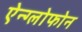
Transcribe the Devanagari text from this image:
ऐन्ग्लोफोन